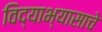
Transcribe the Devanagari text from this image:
विद्याभ्यासाचे